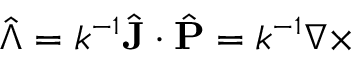
\hat { \Lambda } = k ^ { \scriptscriptstyle { - 1 } } \hat { \mathbf { J } } \cdot \hat { \mathbf { P } } = k ^ { \scriptscriptstyle { - 1 } } \nabla \times